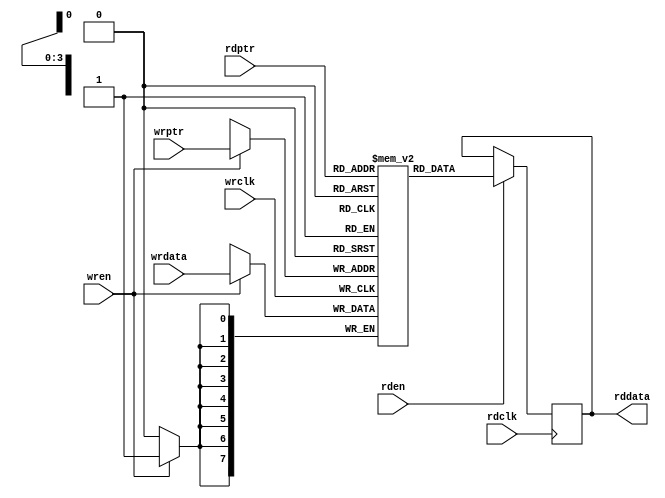
//*********************************************************\
//sram
//width:8
//depth:16
//*********************************************************/
module sram	#(
	parameter   PTR   =   4,
				WIDTH =   8,
				DEPTH =   16
	)
			(
	wrclk	,
	wren	,
	wrptr	,
	wrdata	,
	rdclk	,
	rden	,
	rdptr	,
	rddata	
	);

input						wrclk;
input						wren;
input	[PTR-1:0]			wrptr;
input	[WIDTH-1:0]			wrdata;
input						rdclk;
input						rden;
input	[PTR-1:0]			rdptr;
output	[WIDTH-1:0]			rddata;
//define internal signals and parameters, define ports
reg		[WIDTH-1:0]			rddata;
reg		[WIDTH-1:0]			fifo	[DEPTH-1:0];

//write data
always @(posedge wrclk) begin
	if (wren)
		fifo[wrptr]   <=  wrdata;
end
//read data
always @(posedge rdclk) begin
	if (rden)
		rddata        <=  fifo[rdptr];
end

endmodule